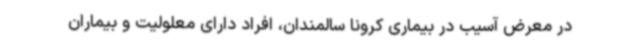
در معرض آسیب در بیماری کرونا سالمندان، افراد دارای معلولیت و بیماران